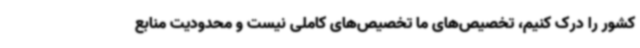
کشور را درک کنیم، تخصیص‌های ما تخصیص‌های کاملی نیست و محدودیت منابع